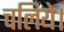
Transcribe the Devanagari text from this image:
चलिये।